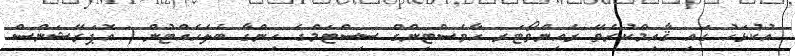
އުކުޅަހު ގައި ޤާއިމްކުރެވޭ ރެއިންވޯޓަރ ހާވެސްޓިންގް ސިސްޓަމްގެ ހިންގާ ބެލެހެއްޓުން ( އޮޕަރޭޝަންސް